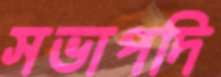
সভাপদি